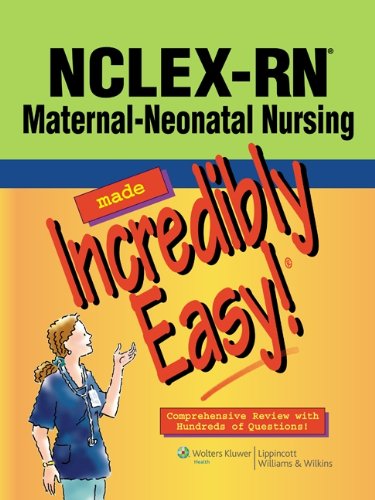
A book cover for NCLEX-RNÂ® Maternal-Neonatal Nursing Made Incredibly Easy! (Incredibly Easy! SeriesÂ®); Medical Books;